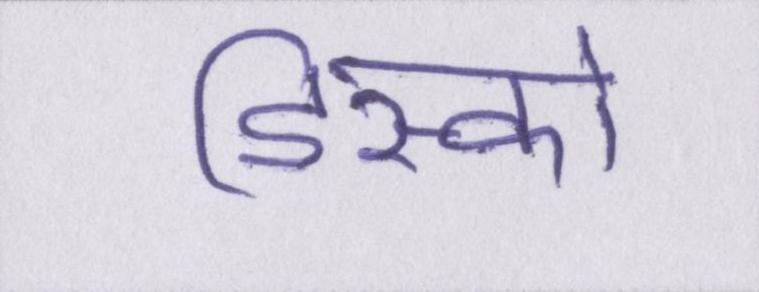
डिस्को